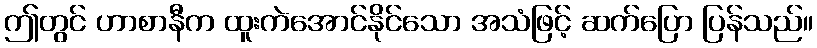
ဤတွင် ဟာစာနီက ထူးကဲအောင်နိုင်သော အသံဖြင့် ဆက်ပြော ပြန်သည်။